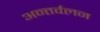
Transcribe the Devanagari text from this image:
अन्तर्वलन